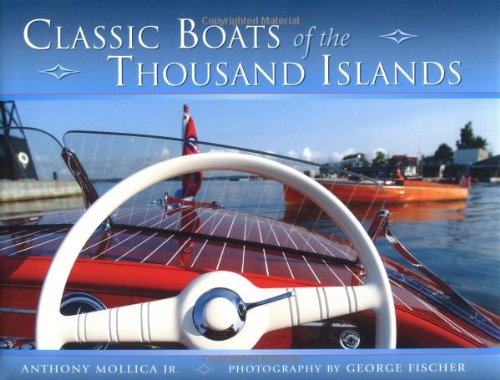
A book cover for Classic Boats of the Thousand Islands; Anthony Mollica; Arts & Photography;